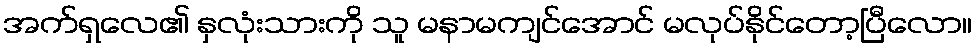
အက်ရှလေ၏ နှလုံးသားကို သူ မနာမကျင်အောင် မလုပ်နိုင်တော့ပြီလော။